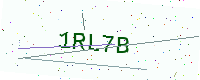
Text: 1RL7B